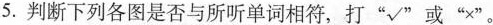
5.判断下列各图是否与所听单词相符，打”√”或”×”。